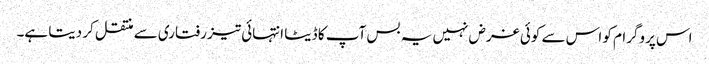
اس پروگرام کو اس سے کوئی غرض نہیں یہ بس آپ کا ڈیٹا انتہائی تیز رفتاری سے منتقل کر دیتا ہے۔